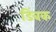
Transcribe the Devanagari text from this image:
डिंबक